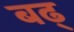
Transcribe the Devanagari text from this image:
बढ्